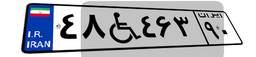
۴۸W۴۶۳۹۰